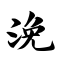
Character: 浼